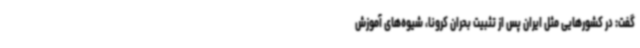
گفت: در کشورهایی مثل ایران پس از تثبیت بحران کرونا، شیوه‌های آموزش